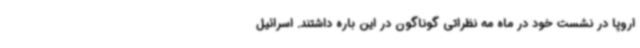
اروپا در نشست خود در ماه مه نظراتی گوناگون در این باره داشتند. اسرائیل